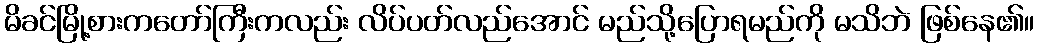
မိခင်မြို့စားကတော်ကြီးကလည်း လိပ်ပတ်လည်အောင် မည်သို့ပြောရမည်ကို မသိဘဲ ဖြစ်နေ၏။